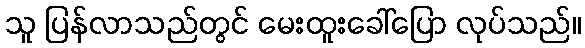
သူ ပြန်လာသည်တွင် မေးထူးခေါ်ပြော လုပ်သည်။